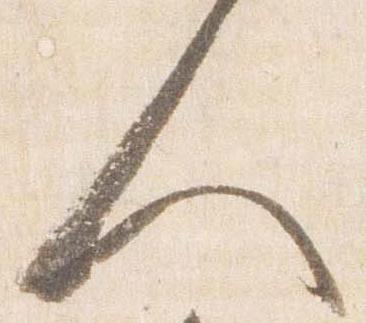
人